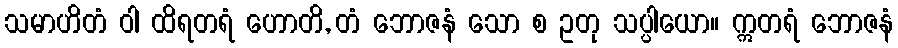
သမာဟိတံ ဝါ ထိရတရံ ဟောတိ, တံ ဘောဇနံ သော စ ဥတု သပ္ပါယော။ ဣတရံ ဘောဇနံ